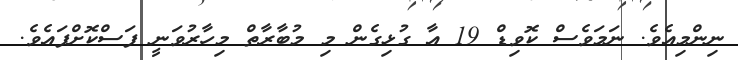
ނިންމިއެވެ. ނަމަވެސް ކޮވިޑް 19 އާ ގުޅިގެން މި މުބާރާތް މިހާރުވަނީ ފަސްކޮށްފައެވެ.